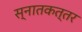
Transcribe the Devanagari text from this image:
स्नातकत्तर